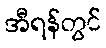
အီရန်တွင်